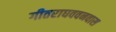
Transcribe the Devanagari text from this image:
गीतराघववनवास